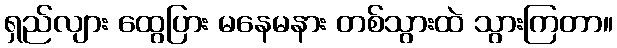
ရှည်လျား ထွေပြား မနေမနား တစ်သွားထဲ သွားကြတာ။